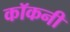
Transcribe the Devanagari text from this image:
कॉकनी